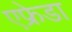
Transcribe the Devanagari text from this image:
एफ्रेडा